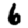
Digit: 6